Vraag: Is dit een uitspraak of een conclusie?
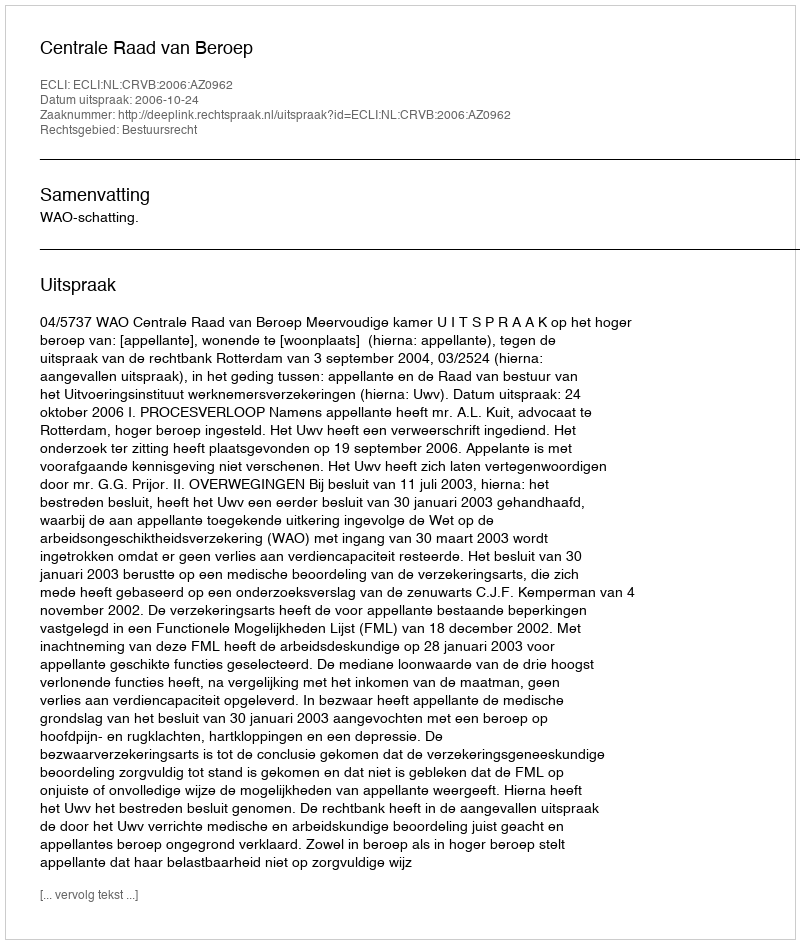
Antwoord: Uitspraak